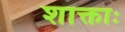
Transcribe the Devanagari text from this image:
शाक्ताः